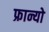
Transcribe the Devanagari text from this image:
फ्रान्यो